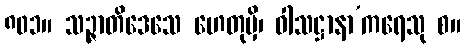
၈၀၁။ သဉ္ဇာတိဒေသေ ဟေတုမှိ၊ ဝါသဋ္ဌာနာ’ကရေသု စ။